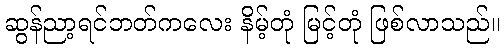
ဆွန်ညာ့ရင်ဘတ်ကလေး နိမ့်တုံ မြင့်တုံ ဖြစ်လာသည်။